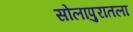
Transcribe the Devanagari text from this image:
सोलापुरातला